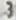
3